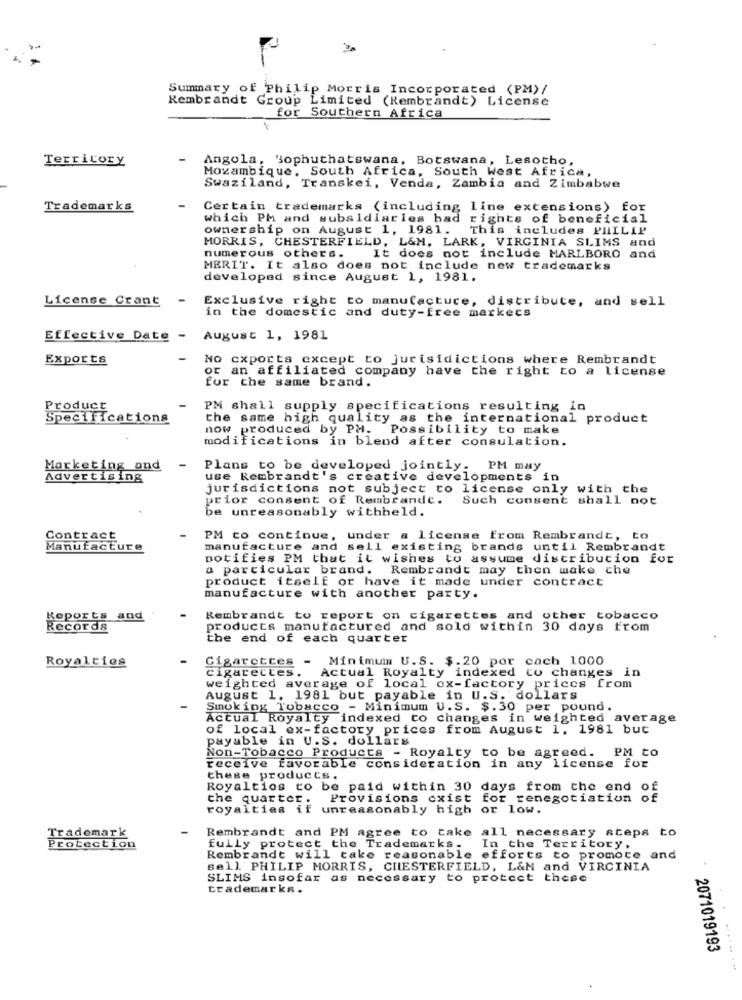
Summary of Philip Morris Incorporated (PM) /
Rembrandt Group Limited (Rembrandt) License
for Southern Africa
Territory
Angola, "ophuthatswana, Botswana, Lesotho,
Mozambique, South Africa, South West Africa,
Swaziland, Transkei, Venda, Zambia and Zimbabwe
Trademarks
Certain trademarks (including line extensions) for
which PM and subsidiaries had rights of beneficial
ownership on August 1, 1981. This includes PHILIP
MORRIS, CHESTERFIELD, L&M, LARK, VIRGINIA SLIMS and
numerous others.
It does not include MARLBORO and
MERIT. It also does not include new trademarks
developed since August 1, 1981.
License Crant
Exclusive right to manufacture, distribute, and sell
in the domestic and duty-free markets
Effective Date - August 1, 1981
Exports
No cxports except to jurisidictions where Rembrandt
or an affiliated company have the right to a license
for the same brand.
Product
PM shall supply specifications resulting in
Specifications
the same high quality as the international product
now produced by PH.
Possibility to make
modifications in blend after consulation.
Marketing and
-
Plans to be developed jointly. PM may
Advertising
use Rembrandt's creative developments in
jurisdictions not subject to license only with the
prior consent of Rembrandt.
Such consent shall not
be unreasonably withheld.
Contract
PM to continue,
Under a license from Rembrandt, to
Manufacture
manufacture and sell existing brands until Rembrandt
notifies PM that it wishes to assume distribution for
a particular brand. Rembrandt may then make che
product itself or have it made under contract
manufacture with another party.
Reports and
Rembrandt to report on cigarettes and other tobacco
Records
products manufactured and sold within 30 days from
the end of each quarter
Royalties
Cigarettes - Minimum U.S. $.20 por cach 1000
Actual Royalty indexed co changes in
cigarettes.
weighted average of local ox-factory prices from
August 1, 1981 but payable in U.S. dollars
Smoking Tobacco - Minimum U.S. $.30 per pound.
Actual Royalty indexed to changes in weighted average
of local ex-factory prices from August 1. 1981 but
payable in U.S. dollars
Non-Tobacco Products - Royalty to be agreed.
PM CO
receive favorable consideration in any license for
these products.
Royalties to be paid within 30 days from the end o
the quarter. Provisions exist for renegotiation of
royalties if unreasonably high or low.
Rembrandt and PM agree to take all necessary steps to
Trademark
Protection
fully protect the Trademarks.
In the Territory,
Rembrandt will take reasonable efforts to promote and
sell. PHILIP MORRIS, CHESTERFIELD, L&M and VIRGINIA
SLIMS insofar as necessary to protect these
trademarks.
2071019193
.... ..